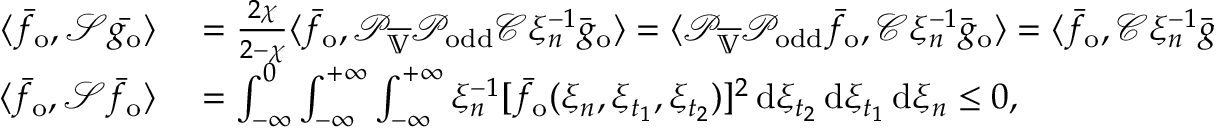
\begin{array} { r l } { \langle \bar { f } _ { \mathrm { o } } , \mathcal { S } \bar { g _ { \mathrm { o } } } \rangle } & { { } = \frac { 2 \chi } { 2 - \chi } \langle \bar { f } _ { \mathrm { o } } , \mathcal { P } _ { \overline { { \mathbb { V } } } } \mathcal { P } _ { \mathrm { o d d } } \mathcal { C } \xi _ { n } ^ { - 1 } \bar { g } _ { \mathrm { o } } \rangle = \langle \mathcal { P } _ { \overline { { \mathbb { V } } } } \mathcal { P } _ { \mathrm { o d d } } \bar { f } _ { \mathrm { o } } , \mathcal { C } \xi _ { n } ^ { - 1 } \bar { g } _ { \mathrm { o } } \rangle = \langle \bar { f } _ { \mathrm { o } } , \mathcal { C } \xi _ { n } ^ { - 1 } \bar { g } _ { \mathrm { o } } \rangle } \\ { \langle \bar { f } _ { \mathrm { o } } , \mathcal { S } \bar { f } _ { \mathrm { o } } \rangle } & { { } = \int _ { - \infty } ^ { 0 } \int _ { - \infty } ^ { + \infty } \int _ { - \infty } ^ { + \infty } \xi _ { n } ^ { - 1 } [ \bar { f } _ { \mathrm { o } } ( \xi _ { n } , \xi _ { t _ { 1 } } , \xi _ { t _ { 2 } } ) ] ^ { 2 } \, \mathrm { d } \xi _ { t _ { 2 } } \, \mathrm { d } \xi _ { t _ { 1 } } \, \mathrm { d } \xi _ { n } \leq 0 , } \end{array}